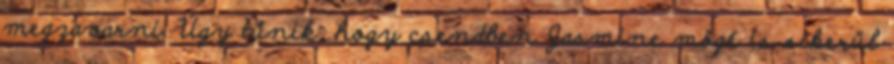
megzavarni. Úgy tűnik, hogy csendben Jasmine mögé is sikerül